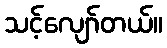
သင့်လျော်တယ်။